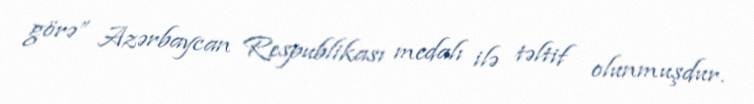
görə” Azərbaycan Respublikası medalı ilə təltif olunmuşdur.